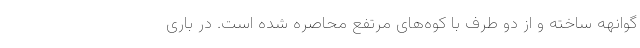
گوانهه ساخته و از دو طرف با کوه‌های مرتفع محاصره شده است. در باری